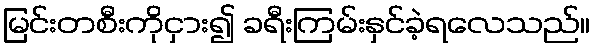
မြင်းတစီးကိုငှား၍ ခရီးကြမ်းနှင်ခဲ့ရလေသည်။